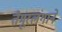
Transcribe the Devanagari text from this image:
तैमूरलंगाने